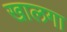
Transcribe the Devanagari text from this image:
खालगा